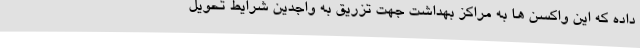
داده که این واکسن ها به مراکز بهداشت جهت تزریق به واجدین شرایط تحویل